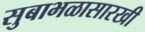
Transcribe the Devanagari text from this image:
सुबाभळासारखी